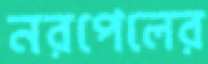
নরপেলের